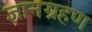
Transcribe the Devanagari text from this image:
ज्ञानग्रहण